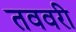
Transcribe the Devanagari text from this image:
तववरी